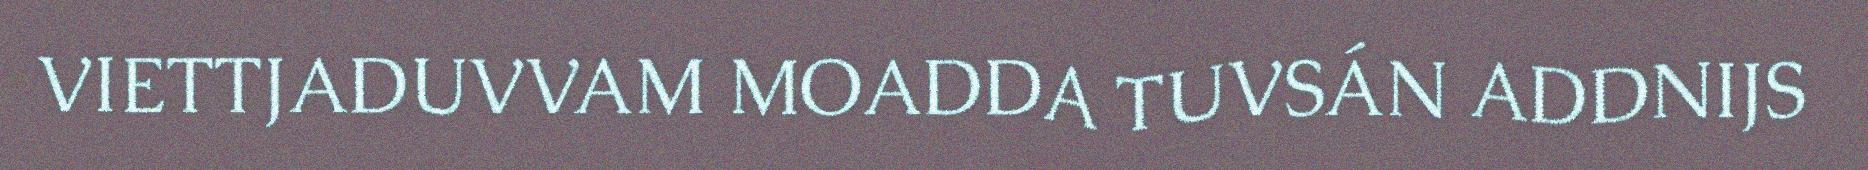
VIETTJADUVVAM MOADDA TUVSÁN ADDNIJS